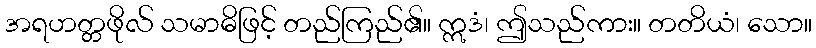
အရဟတ္တဖိုလ် သမာဓိဖြင့် တည်ကြည်၏။ ဣဒံ၊ ဤသည်ကား။ တတိယံ၊ သော။